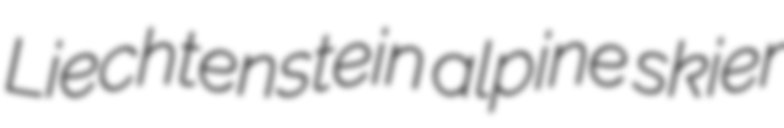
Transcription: Liechtenstein alpine skier